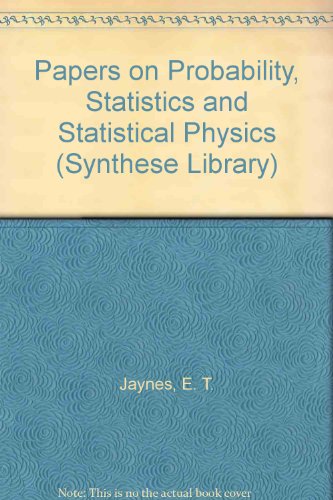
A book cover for E. T. Jaynes: Papers on Probability, Statistics and Statistical Physics (Synthese Library); Science & Math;